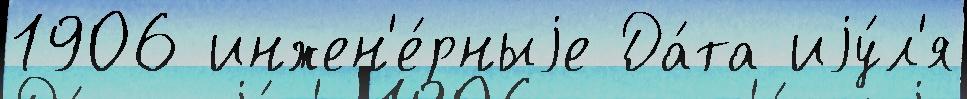
1906 инжен'е́рныjе Да́та иjу́л'я